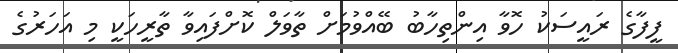
ފީފާގެ ރައީސަކު ހޮވާ އިންތިހާބު ބޭއްވުމަށް ތާވަލް ކޮށްފައިވާ ތާރީހަކީ މި އަހަރުގެ